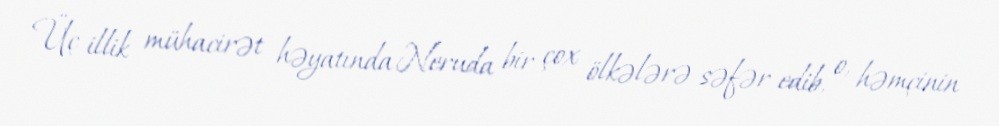
Üç illik mühacirət həyatında Neruda bir çox ölkələrə səfər edib, o, həmçinin